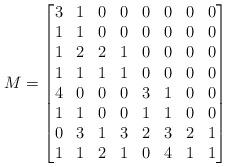
LaTeX: \begin{align*}M= \begin{bmatrix} 3& 1& 0 & 0 & 0 & 0 &0 & 0\\ 1& 1& 0 & 0 & 0 & 0 &0 & 0 \\ 1 & 2 & 2 & 1 & 0 & 0 & 0 & 0\\ 1 & 1 & 1 & 1 & 0 & 0 &0 &0\\ 4 & 0 & 0 & 0 & 3 & 1& 0 & 0\\ 1 & 1 & 0 & 0 & 1 & 1 & 0 & 0\\ 0 & 3 & 1 & 3& 2& 3& 2 & 1\\ 1 & 1 & 2 & 1 & 0 & 4 & 1 & 1\\ \end{bmatrix}\end{align*}